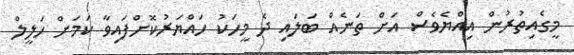
މީގެއިތުރުން އިއްޔެވެސް އަށް ތަނެއް ބަލައި ދެ މީހަކު ހައްޔަރުކޮށްފައިވާ ކަަމަށް ހަލީލް